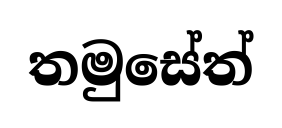
තමුසේත්